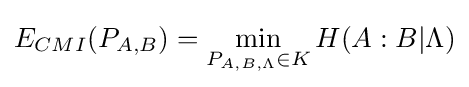
E_{CMI}(P_{A,B})=\min _{P_{A,B,\Lambda }\in K}H(A:B|\Lambda )